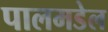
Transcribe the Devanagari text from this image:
पालमडेल